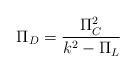
LaTeX: \begin{align*}\Pi_{D}={\Pi_{C}^{2}\over k^{2}-\Pi_{L}}\end{align*}